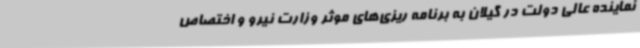
نماینده عالی دولت در گیلان به برنامه ریزی‌های موثر وزارت نیرو و اختصاص